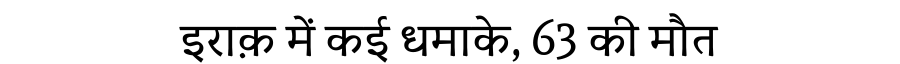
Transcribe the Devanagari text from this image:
इराक़ में कई धमाके, 63 की मौत